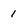
Character: 1